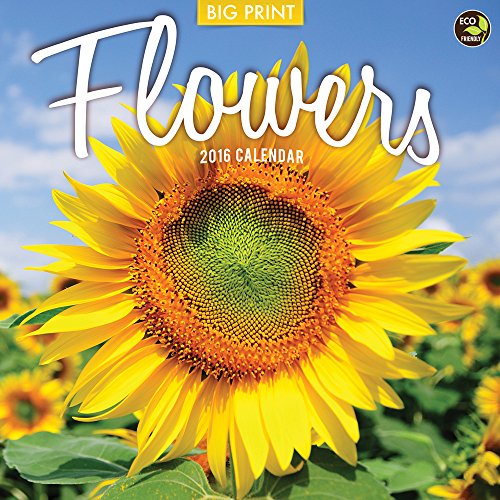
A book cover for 2016 Flowers Wall Calendar; TF Publishing; Calendars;